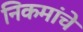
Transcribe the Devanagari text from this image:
निकमांचे